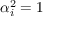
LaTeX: \alpha _ { i } ^ { 2 } = 1